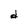
Character: d